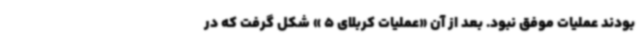
بودند عملیات موفق نبود. بعد از آن «عملیات کربلای 5 » شکل گرفت که در